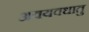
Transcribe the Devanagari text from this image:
अवयवधातु